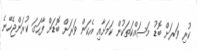
ކުރި ވަރަށް ބޮޑު މަސައްކަތަކުން ކަމަށާއި އެކަން ވަރަށް ބޮޑަށް ފާހަގަ ކުރަންޖެހޭނެ